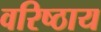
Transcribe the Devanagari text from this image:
वरिष्ठाय